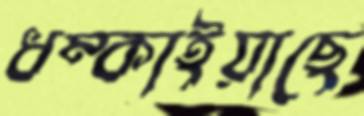
ধম্‌কাইয়াছে